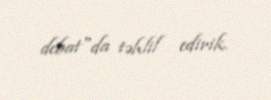
debat"da təhlil edirik.